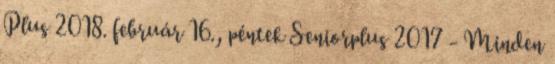
Plus 2018. február 16., péntek Seniorplus 2017 - Minden